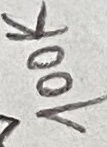
Text: 100K